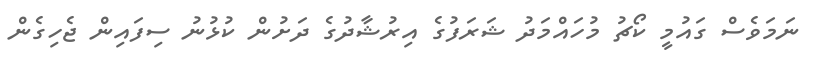
ނަމަވެސް ގައުމީ ކޯޗު މުހައްމަދު ޝަރަފުގެ އިރުޝާދުގެ ދަށުން ކުޅުނު ސިފައިން ޖެހިގެން